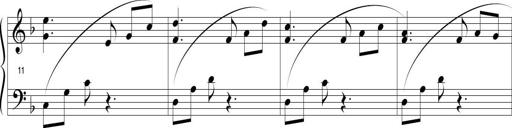
Title: Sonatina in D minor
Composer: Paul Csige
Key: D minor